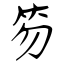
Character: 笏